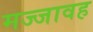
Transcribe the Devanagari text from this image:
मज्जावह